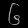
Digit: ၆